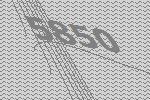
5850